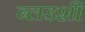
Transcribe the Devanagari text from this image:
ब्लडशी